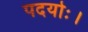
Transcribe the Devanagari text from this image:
पदयोः।